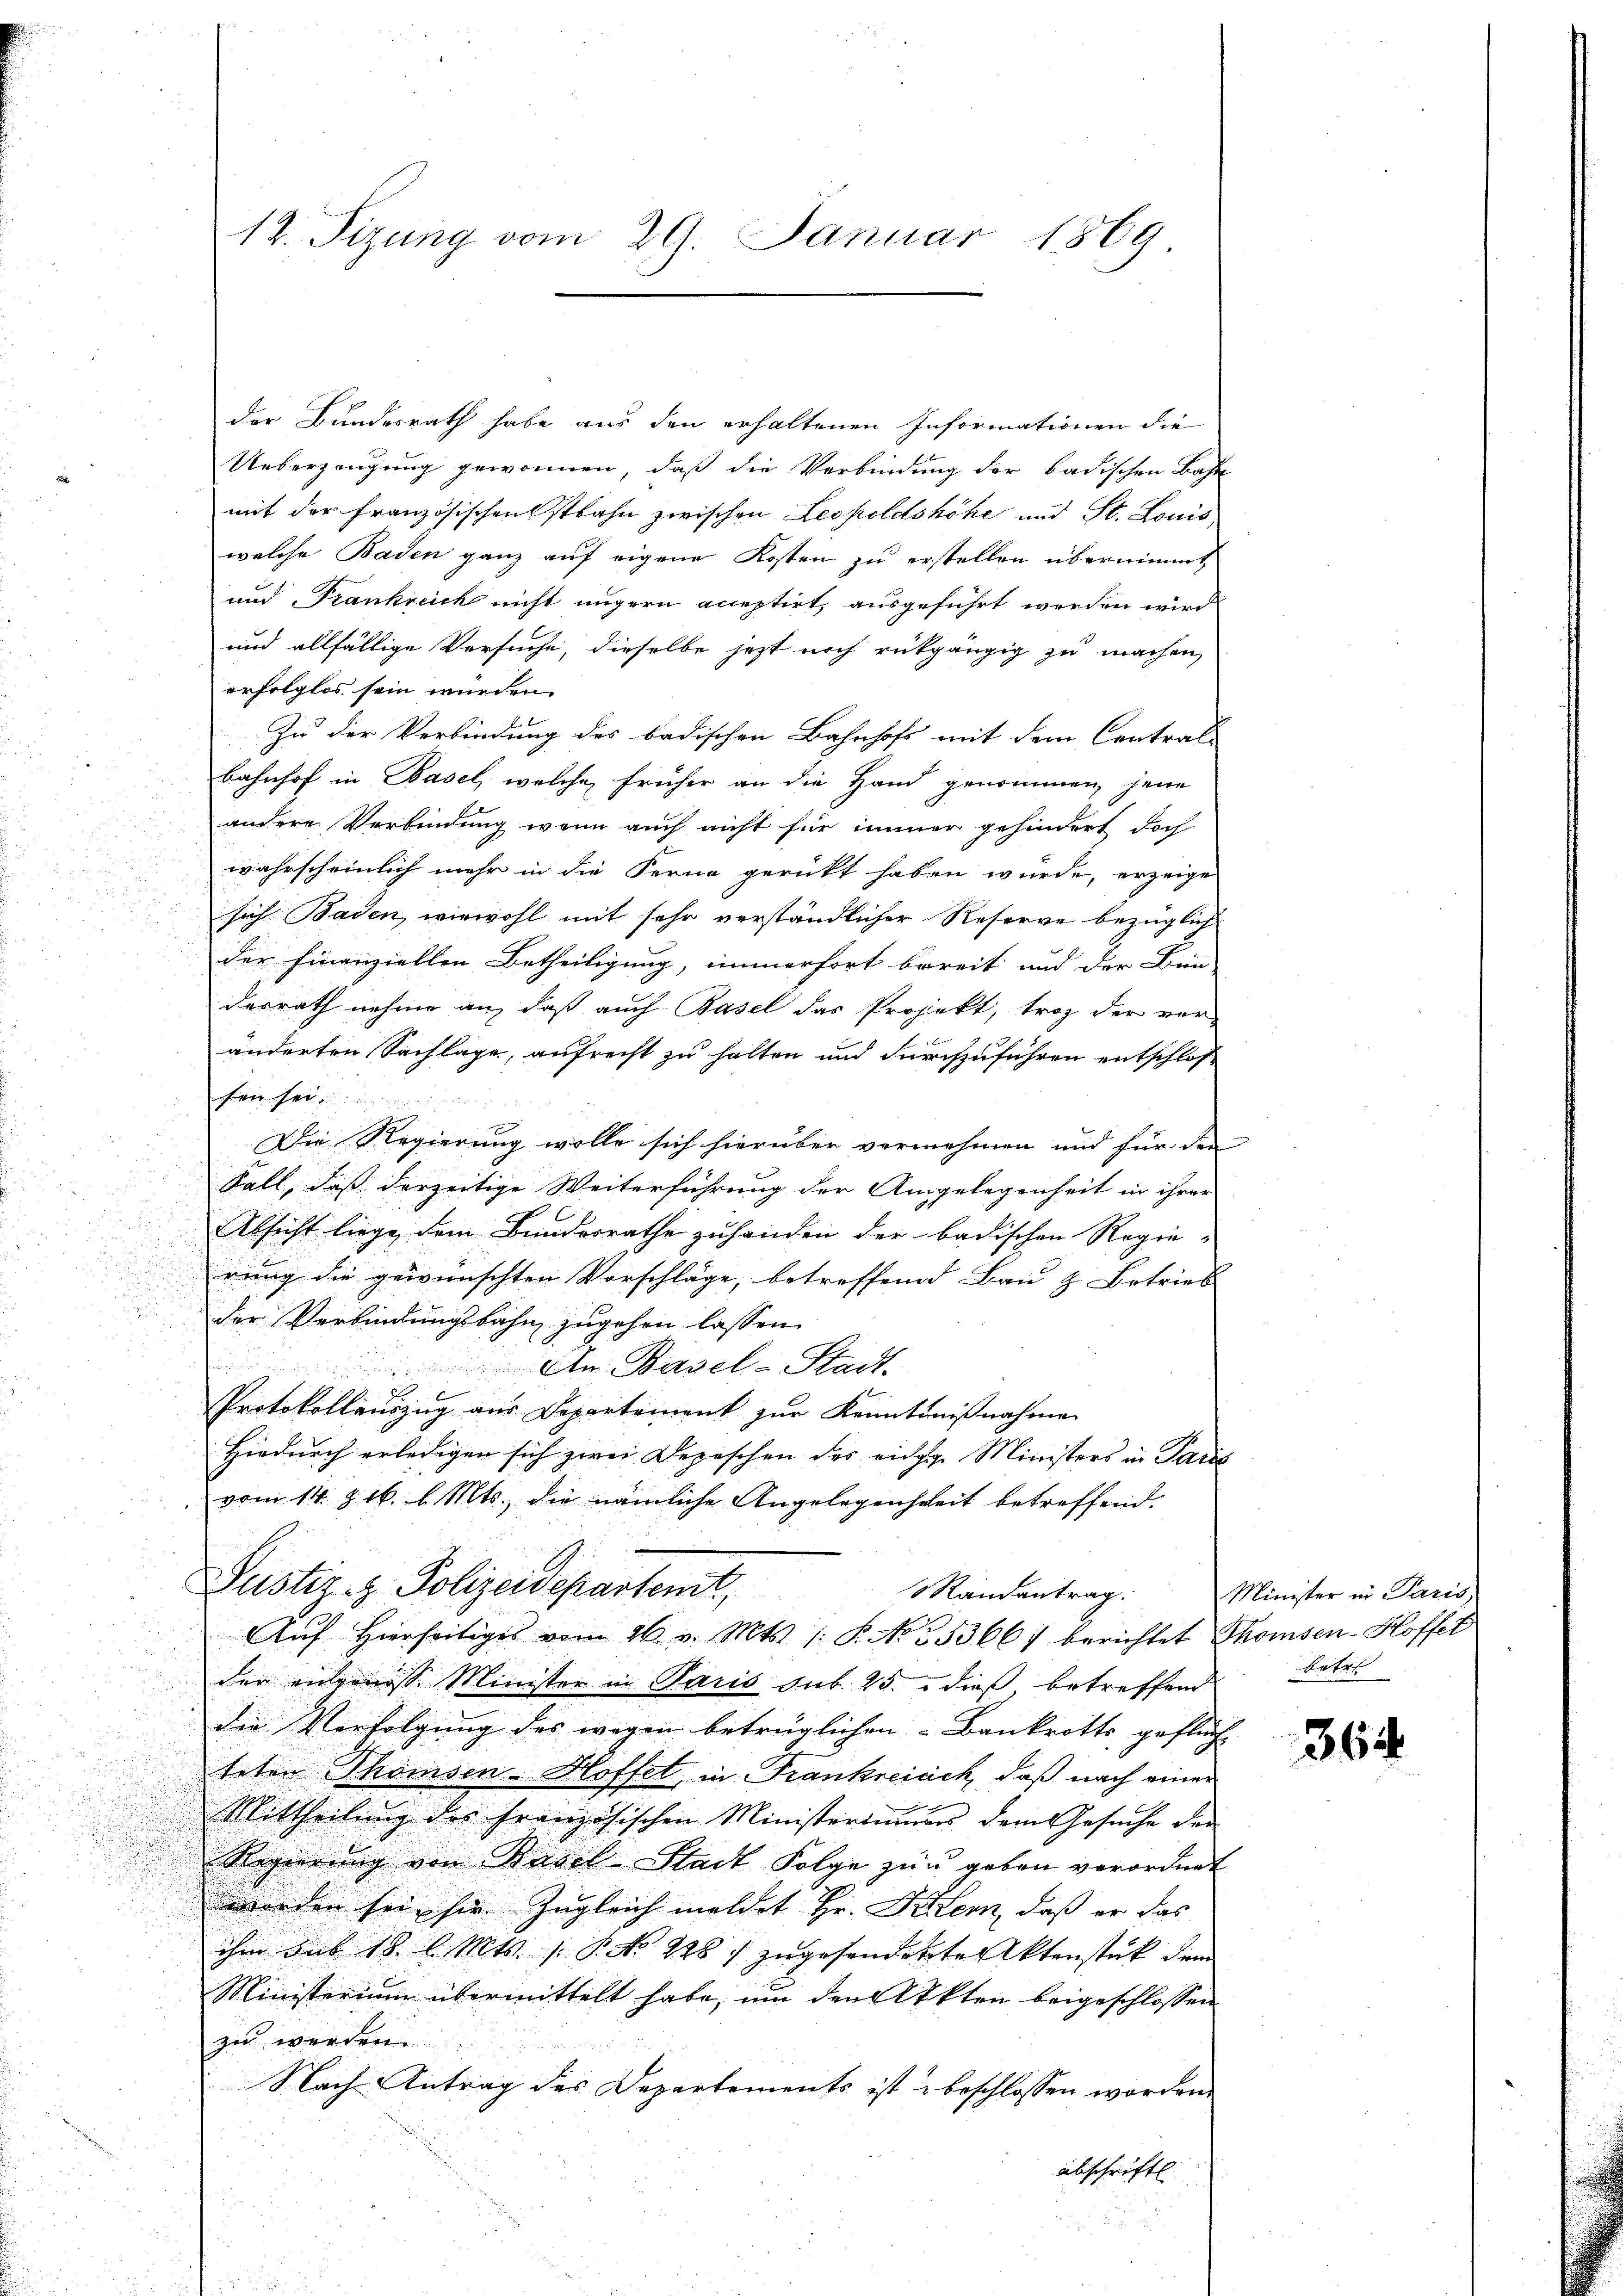
der Bundesrath habe aus den erhaltenen Informationen die
Ueberzeugung gewonnen, daß die Verbindung der badischen Bahn
mit der Französischenstbahn zwischen Leopoldshöhe und St. Louis,
welche Baden ganz auf eigene Kosten zu erstellen übernimmt
und Trankreich nicht ungern acceptirt, ausgeführt werden wird
und allfällige Versuche, dieselbe jetzt noch rückgängig zu machen,
erfolglos sein würden.
Zu der Verbindung des badischen Bahnhofs mit dem Contral-
Bahnhof in Basel, welche früher an die Hand genommen, jene
andere Verbindung wenn auch nicht für immer gehindert doch
wahrscheinlich mehr in die Ferne gerückt haben würde, erzeige
sich Baden, wiewohl mit sehr verständlicher Reserve bezüglich
der Finanziellen Betheiligung, immerfort bereit und der Bun-
derrath nehme an, daß auch Basel das Projekt, troz der ver-
änderten Sachlage, aufrecht zu halten und durchzuführen entschlos
fen sei.
Die Regierung wolle sich hierüber vernehmen und für den
Fall, daß derzeitige Weiterführung der Angelegenheit in ihrer

.
Absicht liege dem Bundesrathe zuhanden der badischen Regie-
rung die gewünschten Vorschläge, betreffend Bau & Betrieb
d
der Verbindungsbahn zugehen lassen.
de
An Basel-Stadt.
d
Protokollauszug aus Departement zur Kenntnißnahme
Hiedurch erledigen sich zwei Depeschen der einige Ministers in Paris
vom 14. & 16. l. Mts., die nämliche Angelegenheit betreffend.
Pustiz- & Polizeidepartemt,
Randantrag:
Aŭf Hierseitiges vom 26. v. Mts. 1: P. No 25366) berichtet Thomsen-Hoffet
der entgenoss. Minister in Paris sub. 25. u dieß, betreffend Betre
die Verfolgung des wegen betrüglichen Bankrotts gefluch- |
teten Thömsen-Hoffet, in Frankreisch, daß nach einer
Mittheilŭng des französischen Ministerimmers dem Gesuche der
Regierŭng von Basel-Stadt Folge zu geben verordnet
worden sei, sie zugleich meldet Hr. Petern, daß er das
ihm das 18. l. Mts. (: P. No. 228) zŭgesanderte Aktenstück dem
Ministerium übermittelt habe, um den Akten beigeschlossen
zu werden.
Nach Antrag des Departements ist beschlossen worden.
abschriftl.

12. Sizung vom 29. Januar 1869

Minister in Paris,

364